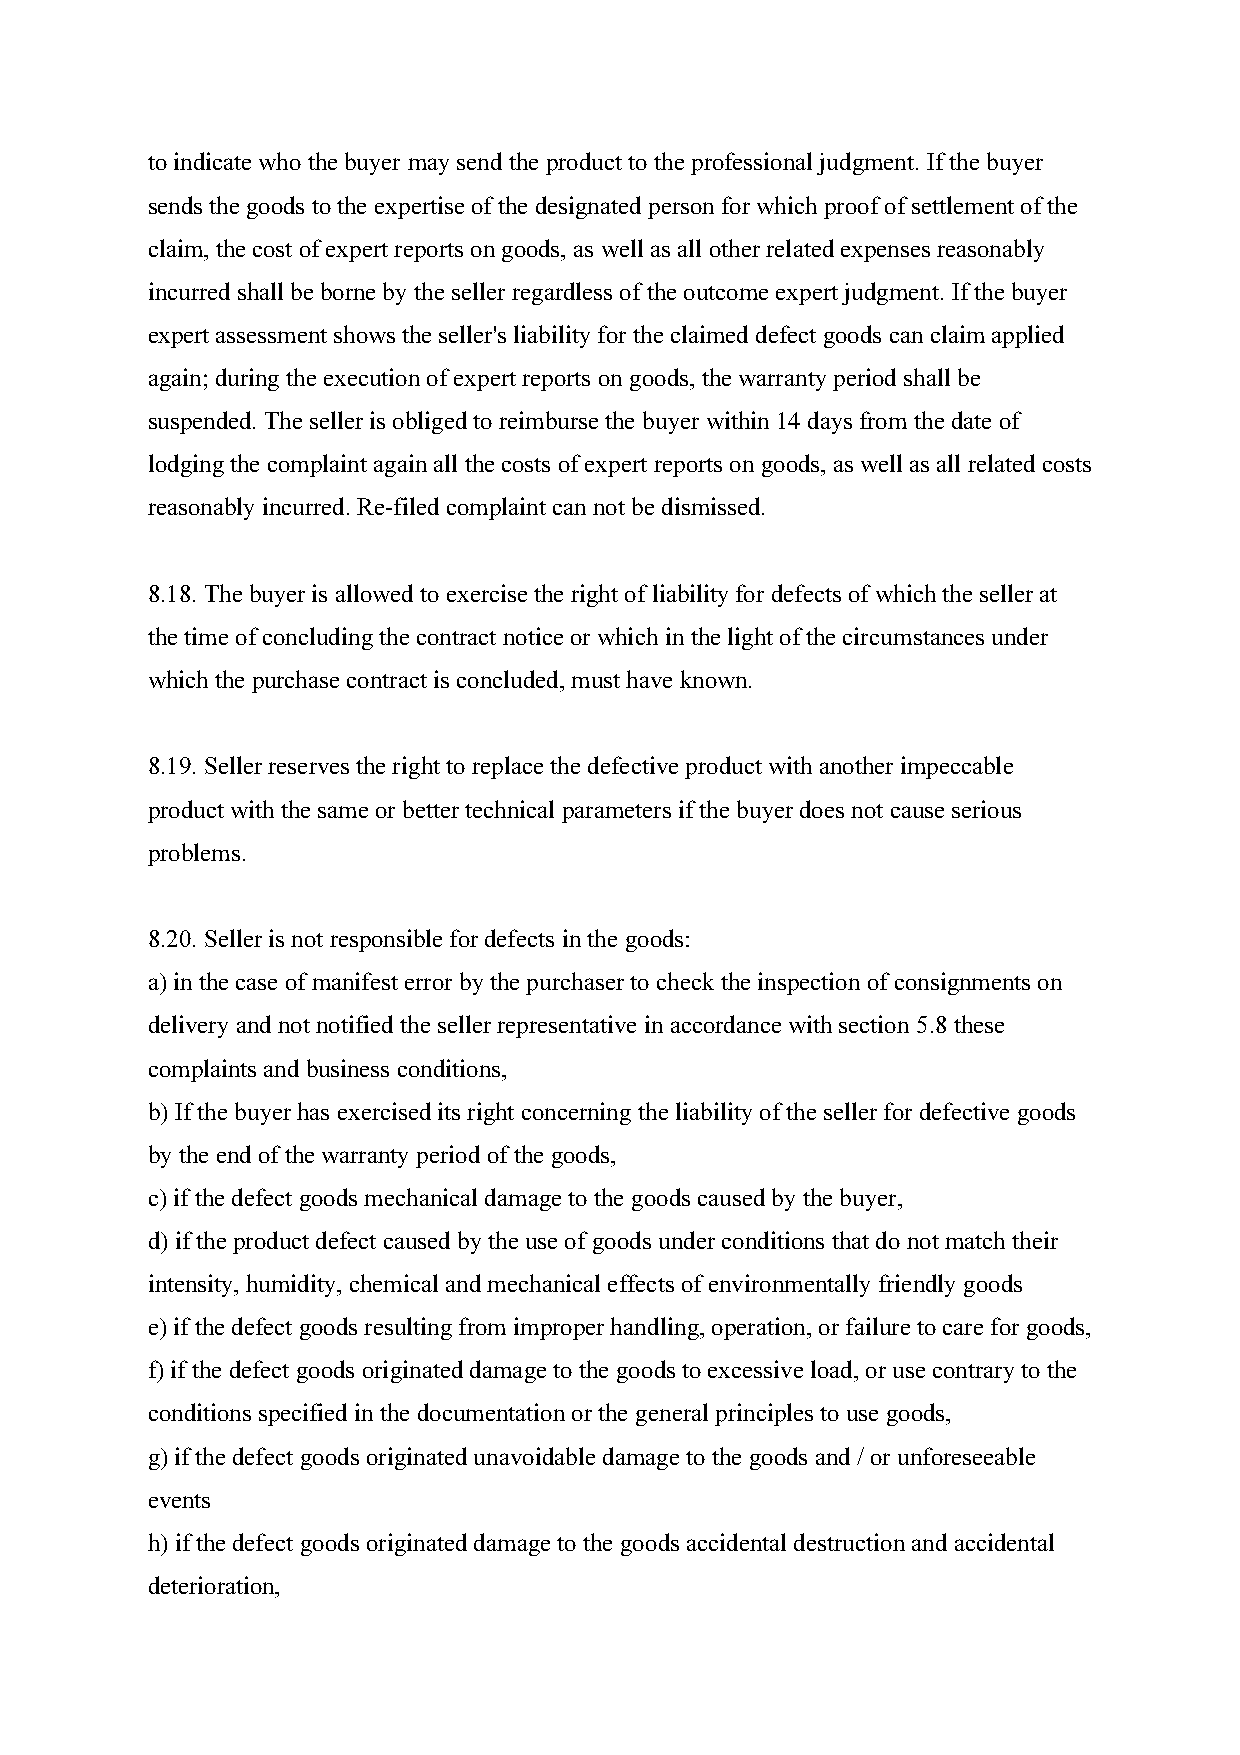
to indicate who the buyer may send the product to the professional judgment. If the buyer
 sends the goods to the expertise of the designated person for which proof of settlement of the
 claim, the cost of expert reports on goods, as well as all other related expenses reasonably
 incurred shall be borne by the seller regardless of the outcome expert judgment. If the buyer
 expert assessment shows the seller's liability for the claimed defect goods can claim applied
 again; during the execution of expert reports on goods, the warranty period shall be
 suspended. The seller is obliged to reimburse the buyer within 14 days from the date of
 lodging the complaint again all the costs of expert reports on goods, as well as all related costs
 reasonably incurred. Re-filed complaint can not be dismissed.
 8.18. The buyer is allowed to exercise the right of liability for defects of which the seller at
 the time of concluding the contract notice or which in the light of the circumstances under
 which the purchase contract is concluded, must have known.
 8.19. Seller reserves the right to replace the defective product with another impeccable
 product with the same or better technical parameters if the buyer does not cause serious
 problems.
 8.20. Seller is not responsible for defects in the goods:
 a) in the case of manifest error by the purchaser to check the inspection of consignments on
 delivery and not notified the seller representative in accordance with section 5.8 these
 complaints and business conditions,
 b) If the buyer has exercised its right concerning the liability of the seller for defective goods
 by the end of the warranty period of the goods,
 c) if the defect goods mechanical damage to the goods caused by the buyer,
 d) if the product defect caused by the use of goods under conditions that do not match their
 intensity, humidity, chemical and mechanical effects of environmentally friendly goods
 e) if the defect goods resulting from improper handling, operation, or failure to care for goods,
 f) if the defect goods originated damage to the goods to excessive load, or use contrary to the
 conditions specified in the documentation or the general principles to use goods,
 g) if the defect goods originated unavoidable damage to the goods and / or unforeseeable
 events
 h) if the defect goods originated damage to the goods accidental destruction and accidental
 deterioration,